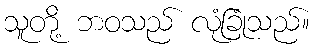
သူတို့ ဘဝသည် လုံခြုံသည်။